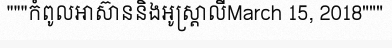
"""កំពូលអាស៊ាននិងអូស្ត្រាលីMarch 15, 2018"""